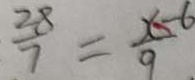
\frac { 2 8 } { 7 } = \frac { x - 6 } { 9 }